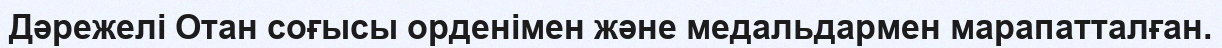
Дәрежелі Отан соғысы орденімен және медальдармен марапатталған.